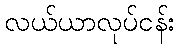
လယ်ယာလုပ်ငန်း